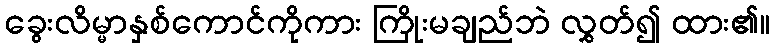
ခွေးလိမ္မာနှစ်ကောင်ကိုကား ကြိုးမချည်ဘဲ လွှတ်၍ ထား၏။